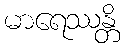
မာရေဿန္တိ